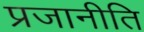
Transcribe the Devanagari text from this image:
प्रजानीति